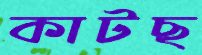
কাটছ